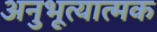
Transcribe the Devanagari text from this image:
अनुभूत्यात्मक